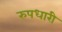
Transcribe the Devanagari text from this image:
रुपधारी